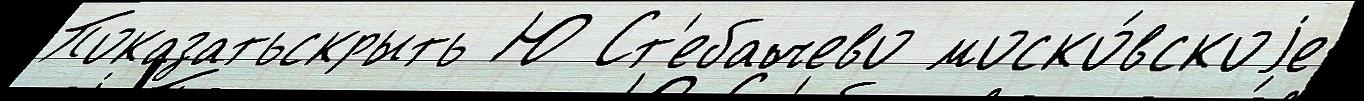
Показатьскрыть Ю Ст'ебачево моско́вскоjе